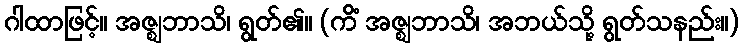
ဂါထာဖြင့်။ အဇ္ဈဘာသိ၊ ရွတ်၏။ (ကိံ အဇ္ဈဘာသိ၊ အဘယ်သို့ ရွတ်သနည်း။)